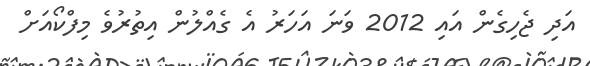
އަދި ޖެހިގެން އައި 2012 ވަނަ އަހަރު އެ ގެއްލުން އިތުރުވެ މިފްކޯއަށް